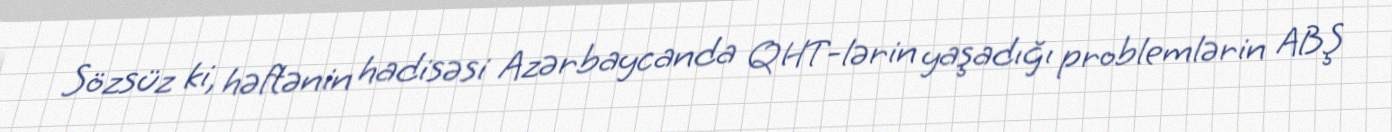
Sözsüz ki, həftənin hadisəsi Azərbaycanda QHT-lərin yaşadığı problemlərin ABŞ